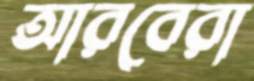
আরবেরা